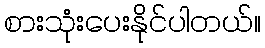
စားသုံးပေးနိုင်ပါတယ်။